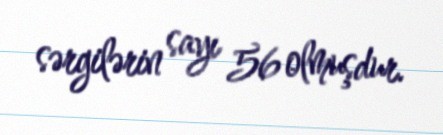
sərgilərin sayı 56 olmuşdur.